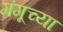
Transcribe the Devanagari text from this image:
गंगूच्या